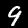
Label: 9